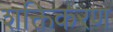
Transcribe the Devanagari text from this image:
शक्तिकरण